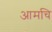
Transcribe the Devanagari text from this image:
आमचि